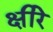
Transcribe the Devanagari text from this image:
क्षीरे